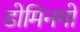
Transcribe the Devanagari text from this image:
डोमिनगो